Document type: Sale
Year: 1326
Scribe: Bartomeu Marc
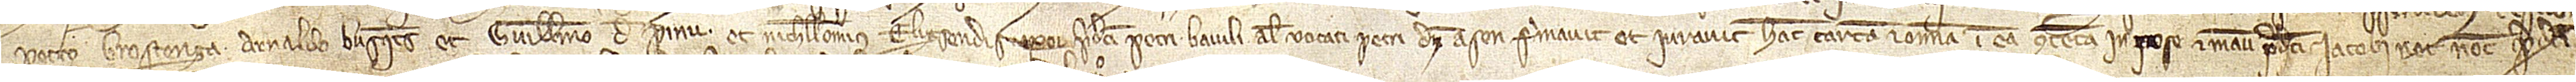
Petro Brostenga, Arnaldo Busquets et Guillelmo de Pinu, et nichilominus Eligsendis, uxor predicti Petri Baiuli, alias vocati Petri d’en Arsen, firmavit et iuravit hanc cartam et omnia in ea contenta, in pose et manu predicti Iacobi Net, notarii predicti,